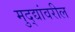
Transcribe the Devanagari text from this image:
मुद्द्यांवरील